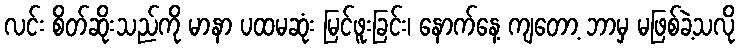
လင်း စိတ်ဆိုးသည်ကို မာနာ ပထမဆုံး မြင်ဖူးခြင်း၊ နောက်နေ့ ကျတော့ ဘာမှ မဖြစ်ခဲ့သလို